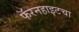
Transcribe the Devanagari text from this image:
फॅरनहाइटचा